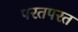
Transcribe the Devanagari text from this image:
परतपरत